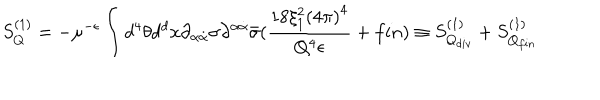
LaTeX: S _ { Q } ^ { ( 1 ) } = - \mu ^ { - \epsilon } \int d ^ { 4 } \theta d ^ { d } x \partial _ { \alpha \dot { \alpha } } \sigma \partial ^ { \alpha \dot { \alpha } } \bar { \sigma } ( \frac { 1 8 \xi _ { 1 } ^ { 2 } { ( 4 \pi ) } ^ { 4 } } { Q ^ { 4 } \epsilon } + f i n ) \equiv S _ { Q _ { d i v } } ^ { ( 1 ) } + S _ { Q _ { f i n } } ^ { ( 1 ) }